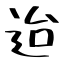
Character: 迨